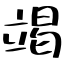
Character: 竭